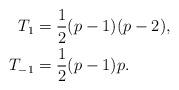
LaTeX: \begin{align*}\phantom{-}T_1&= \frac{1}{2}(p-1)(p-2),\\T_{-1}&= \frac{1 }{2}(p-1)p.\end{align*}